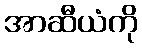
အာဆီယံကို